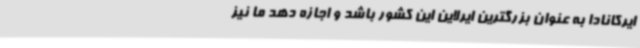
ایرکانادا به عنوان بزرگترین ایرلاین این کشور باشد و اجازه دهد ما نیز